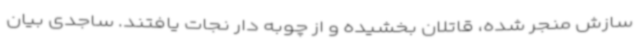
سازش منجر شده، قاتلان بخشیده و از چوبه دار نجات یافتند. ساجدی بیان